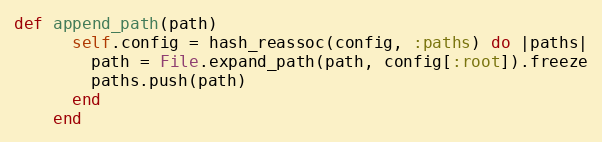
Language: Ruby
def append_path(path)
      self.config = hash_reassoc(config, :paths) do |paths|
        path = File.expand_path(path, config[:root]).freeze
        paths.push(path)
      end
    end